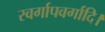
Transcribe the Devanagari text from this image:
स्वर्गापवर्गादि।